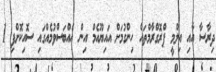
ދިރާސާ އާއި އިލްމީ ޕްރޮގްރާމްތައް ހިންގުމަށް އައިޔޫއެމް އިން އެއްބަސްވުމެއްގައި ސޮއިކޮށްފި 1